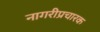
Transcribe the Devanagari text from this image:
नागरीप्रचारक